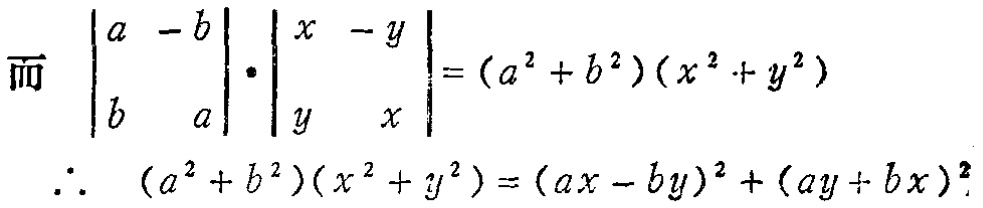
而 $\begin{vmatrix}
a & -b \\
b & a
\end{vmatrix} \cdot \begin{vmatrix}
x & -y \\
y & x
\end{vmatrix}=(a^{2}+b^{2})(x^{2}+y^{2})$
$\therefore\ (a^{2}+b^{2})(x^{2}+y^{2})=(ax - by)^{2}+(ay + bx)^{2}$